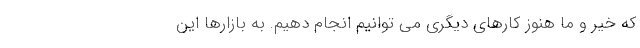
که خیر و ما هنوز کارهای دیگری می توانیم انجام دهیم. به بازارها این